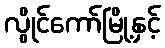
လွိုင်ကော်မြို့နှင့်